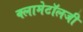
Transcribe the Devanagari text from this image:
क्लामेटॉलजी